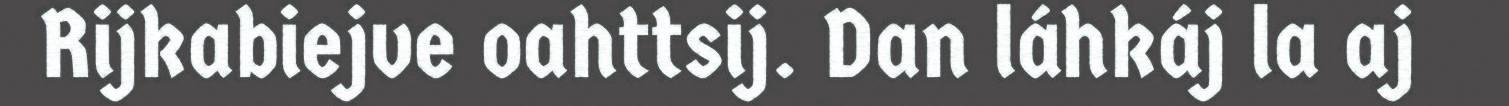
Rijkabiejve oahttsij. Dan láhkáj la aj